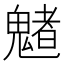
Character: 𩴀